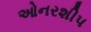
ઓનરશીપ